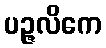
ပဉ္ဇလိကေ